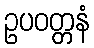
ဥပဝတ္တနံ